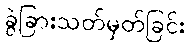
ခွဲခြားသတ်မှတ်ခြင်း